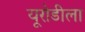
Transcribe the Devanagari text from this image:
यूरोडीला